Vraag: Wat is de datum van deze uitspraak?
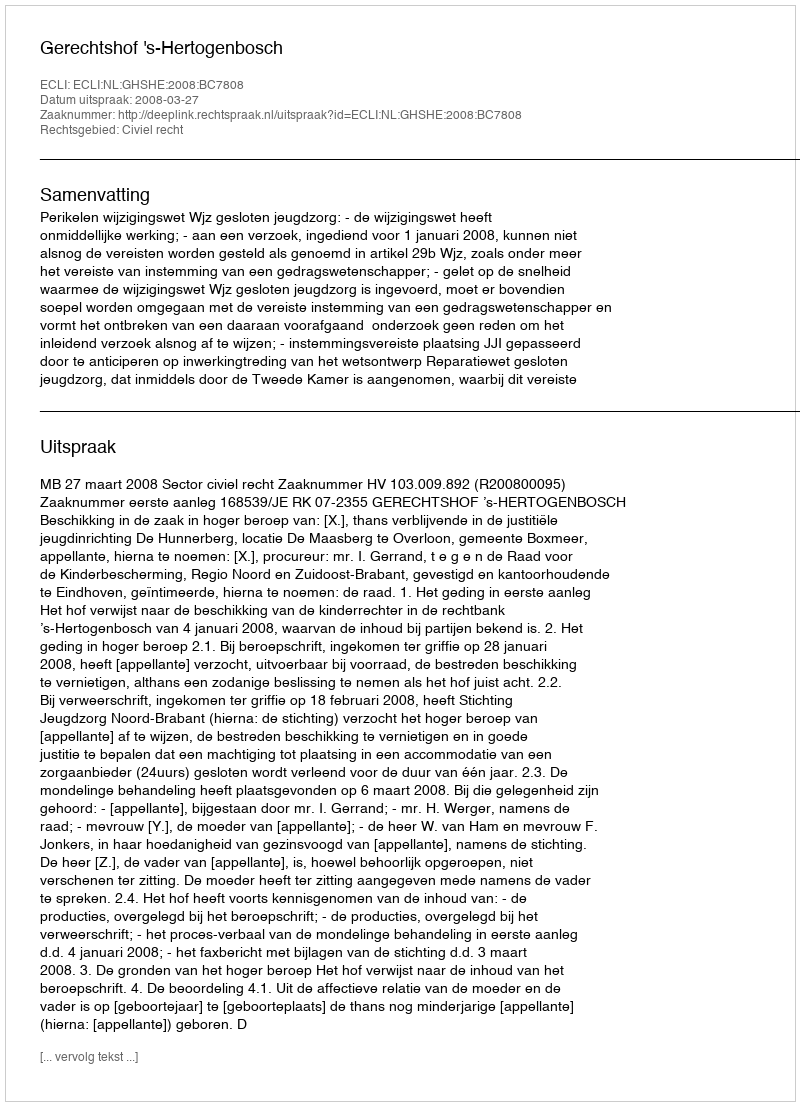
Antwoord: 2008-03-27